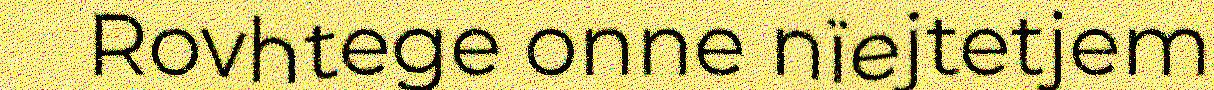
Rovhtege onne nïejtetjem